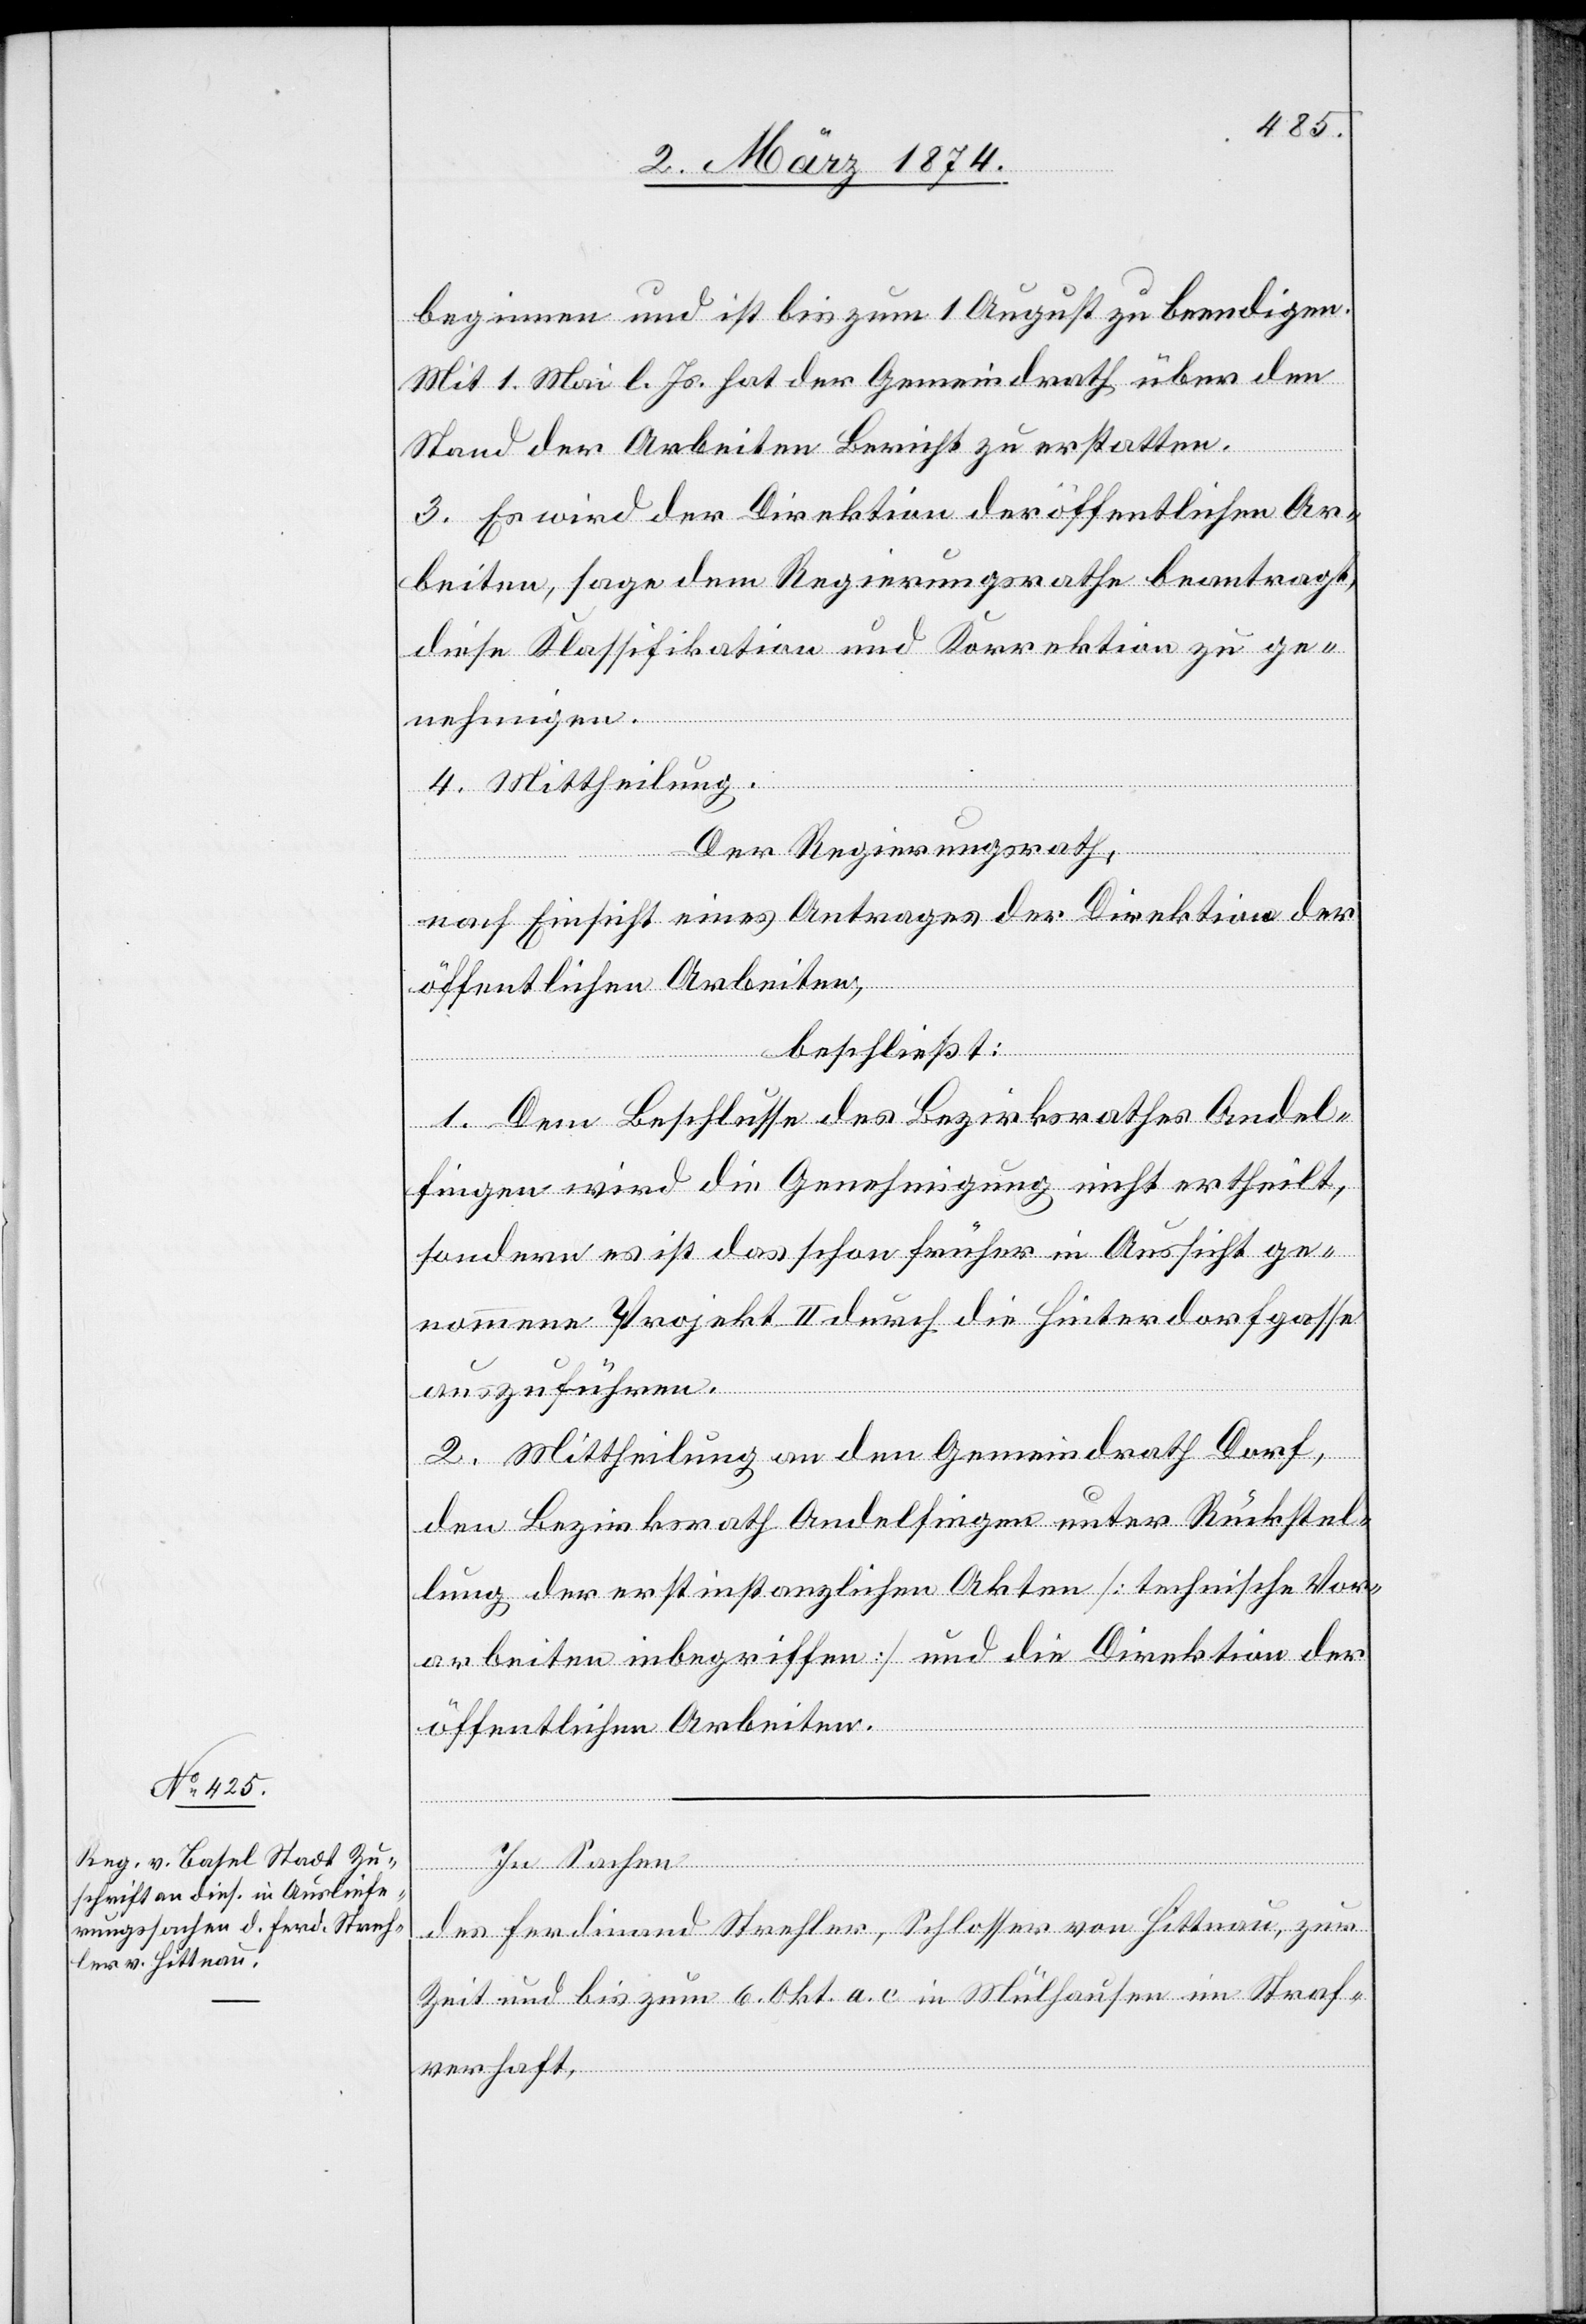
beginnen und ist bis zum 1. August zu beendigen.
Mit 1. Mai l. Js. hat der Gemeindrath über den
Stand der Arbeiten Bericht zu erstatten.
3. Es wird der Direktion der öffentlichen Ar¬
beiten, sage dem Regierungsrath beantragt,
diese Klassifikation und Korrektion zu ge¬
4. Mittheilung.
Der Regierungsrath,
nach Einsicht eines Antrages der Direktion der
öffentlichen Arbeiten,
beschließt:
1. Dem Beschlusse des Bezirksrathes Andel¬
fingen wird die Genehmigung nicht ertheilt,
sondern es ist das schon früher in Aussicht ge¬
nommene Projekt II durch die Hinterdorfgasse
auszuführen.
2. Mittheilung an den Gemeindrath Dorf,
den Bezirksrath Andelfingen unter Rückstel¬
lung der erstinstanzlichen Akten [technische Vor¬
arbeiten inbegriffen] und die Direktion der
öffentlichen Arbeiten.
Sachen
des Ferdinand Strehler, Schlosser von Hittnau, zur
Zeit und bis zum 6. Okt. a. c. in Mülhausen in Straf¬
verhaft,